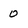
Character: 0